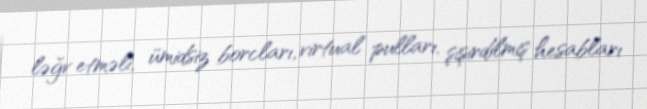
ləğv etməli, ümidsiz borcları, virtual pulları, şişirdilmiş hesabları